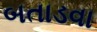
બતાડવા